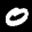
Label: 0